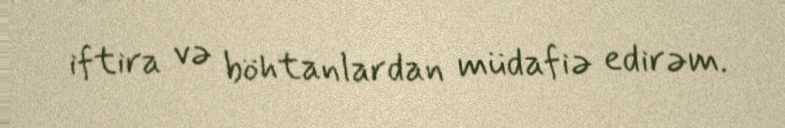
iftira və böhtanlardan müdafiə edirəm.